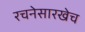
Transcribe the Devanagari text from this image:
रचनेसारखेच